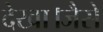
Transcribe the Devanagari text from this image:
देखा।जैसे